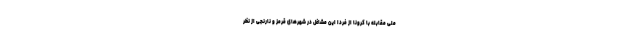
ملی مقابله با کرونا از فردا این مشاغل در شهرهای قرمز و نارنجی از نظر